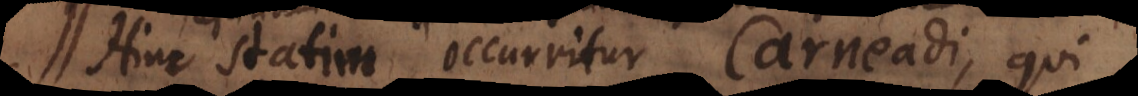
Hinc statim occurritur Carneadi, qui